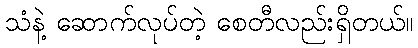
သံနဲ့ ဆောက်လုပ်တဲ့ စေတီလည်းရှိတယ်။